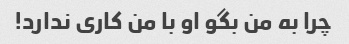
چرا به من بگو او با من کاری ندارد!